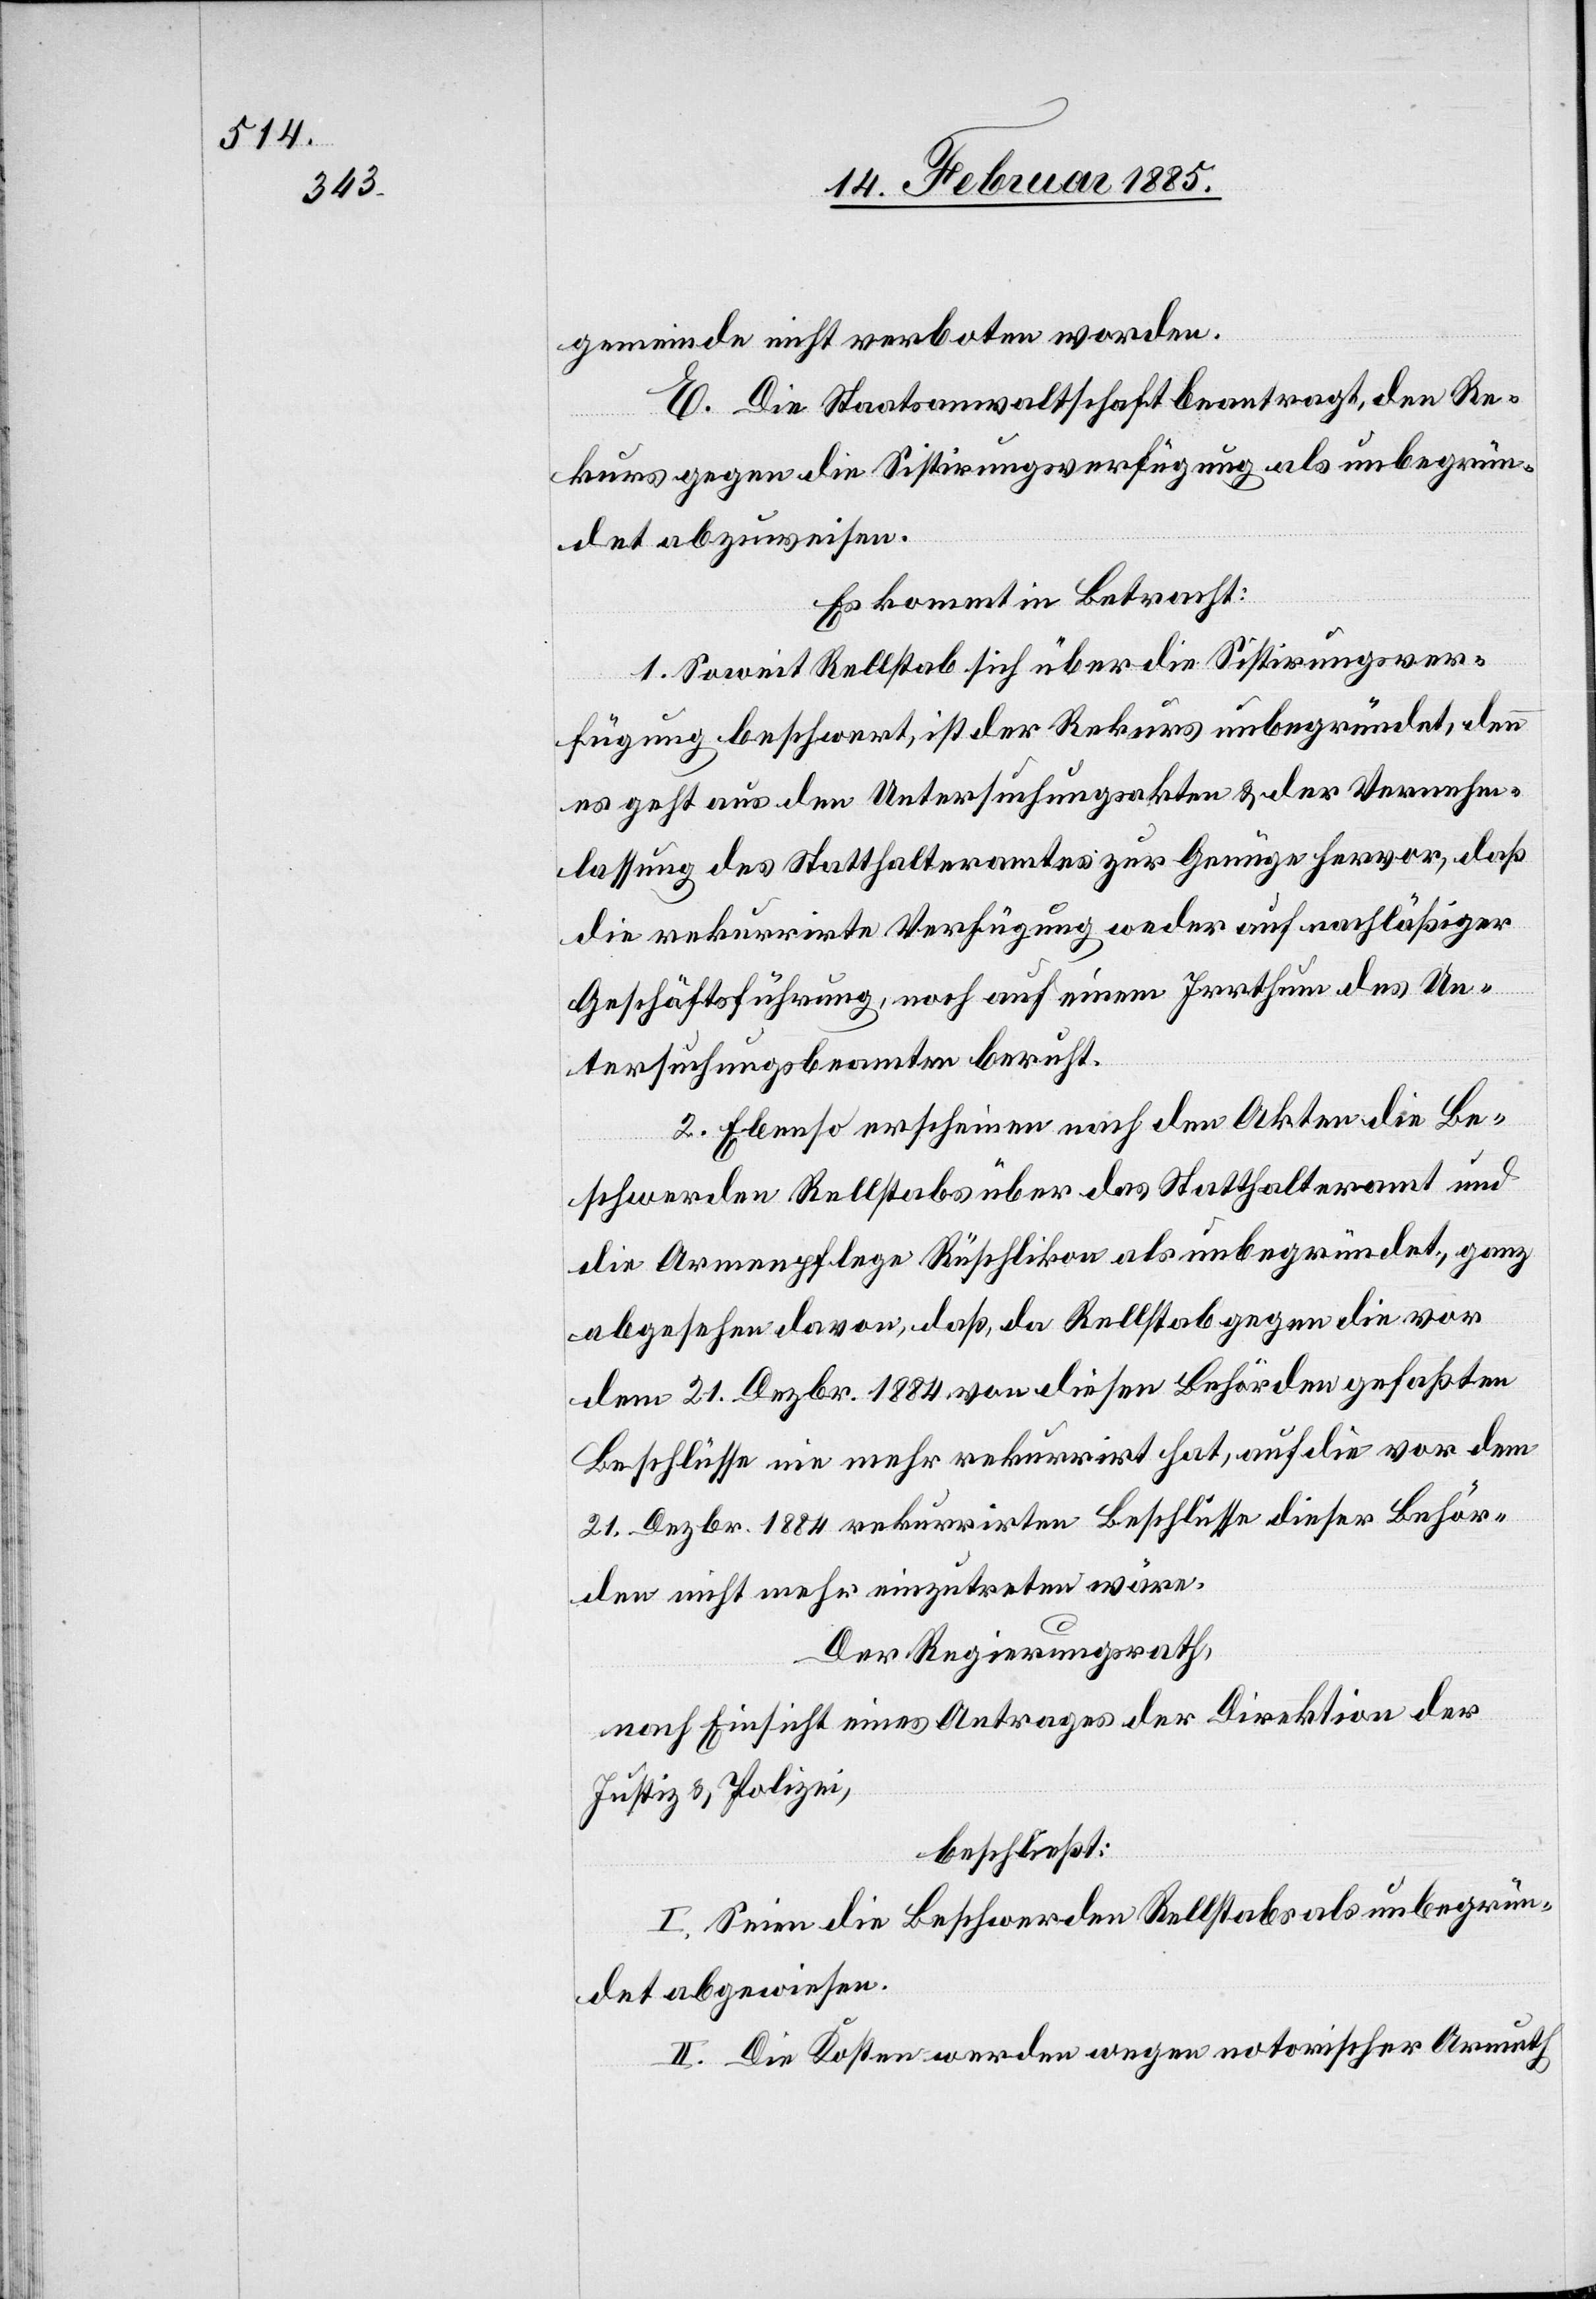
meinde nicht verboten worden.
E. Die Staatsanwaltschaft beantragt, den Re¬
kurs gegen die Sistirungsverfügung als unbegrün¬
det abzuweisen.
Es kommt in Betracht:
1. Soweit Rellstab sich über die Sistirungsver¬
fügung beschwert, ist der Rekurs unbegründet, denn
es geht aus den Untersuchungsakten & der Vernehm¬
lassung des Statthalteramtes zur Genüge hervor, das
die rekurrirte Verfügung weder auf nachläßiger
Geschäftsführung, noch auf einem Irrthum des Un¬
tersuchungsbeamten beruht.
2. Ebenso erscheinen nach den Akten die Be¬
schwerden Rellstabs über das Statthalteramt und
die Armenpflege Rüschlikon als unbegründet, ganz
abgesehen davon, daß, da Rellstab gegen die vor
dem 21. Dezbr. 1884 von diesen Behörden gefaßten
Beschlüsse nie mehr rekurrirt hat, auf die vor dem
21. Dezbr. 1884 rekurrirten Beschlüsse dieser Behör¬
den nicht mehr einzutreten wäre.
Der Regierungsrath,
nach Einsicht eines Antrages der Direktion der
Justiz & Polizei,
beschließt:
I. Seien die Beschwerden Rellstabs als unbegrün¬
det abgewiesen.
II. Die Kosten werden wegen notorischer Armuth